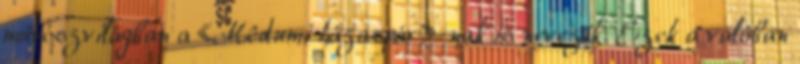
művészvilágban a «Mêdumi házaspár»-nak is nevezik. Ezek a valóban